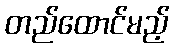
တည်ထောင်မည့်